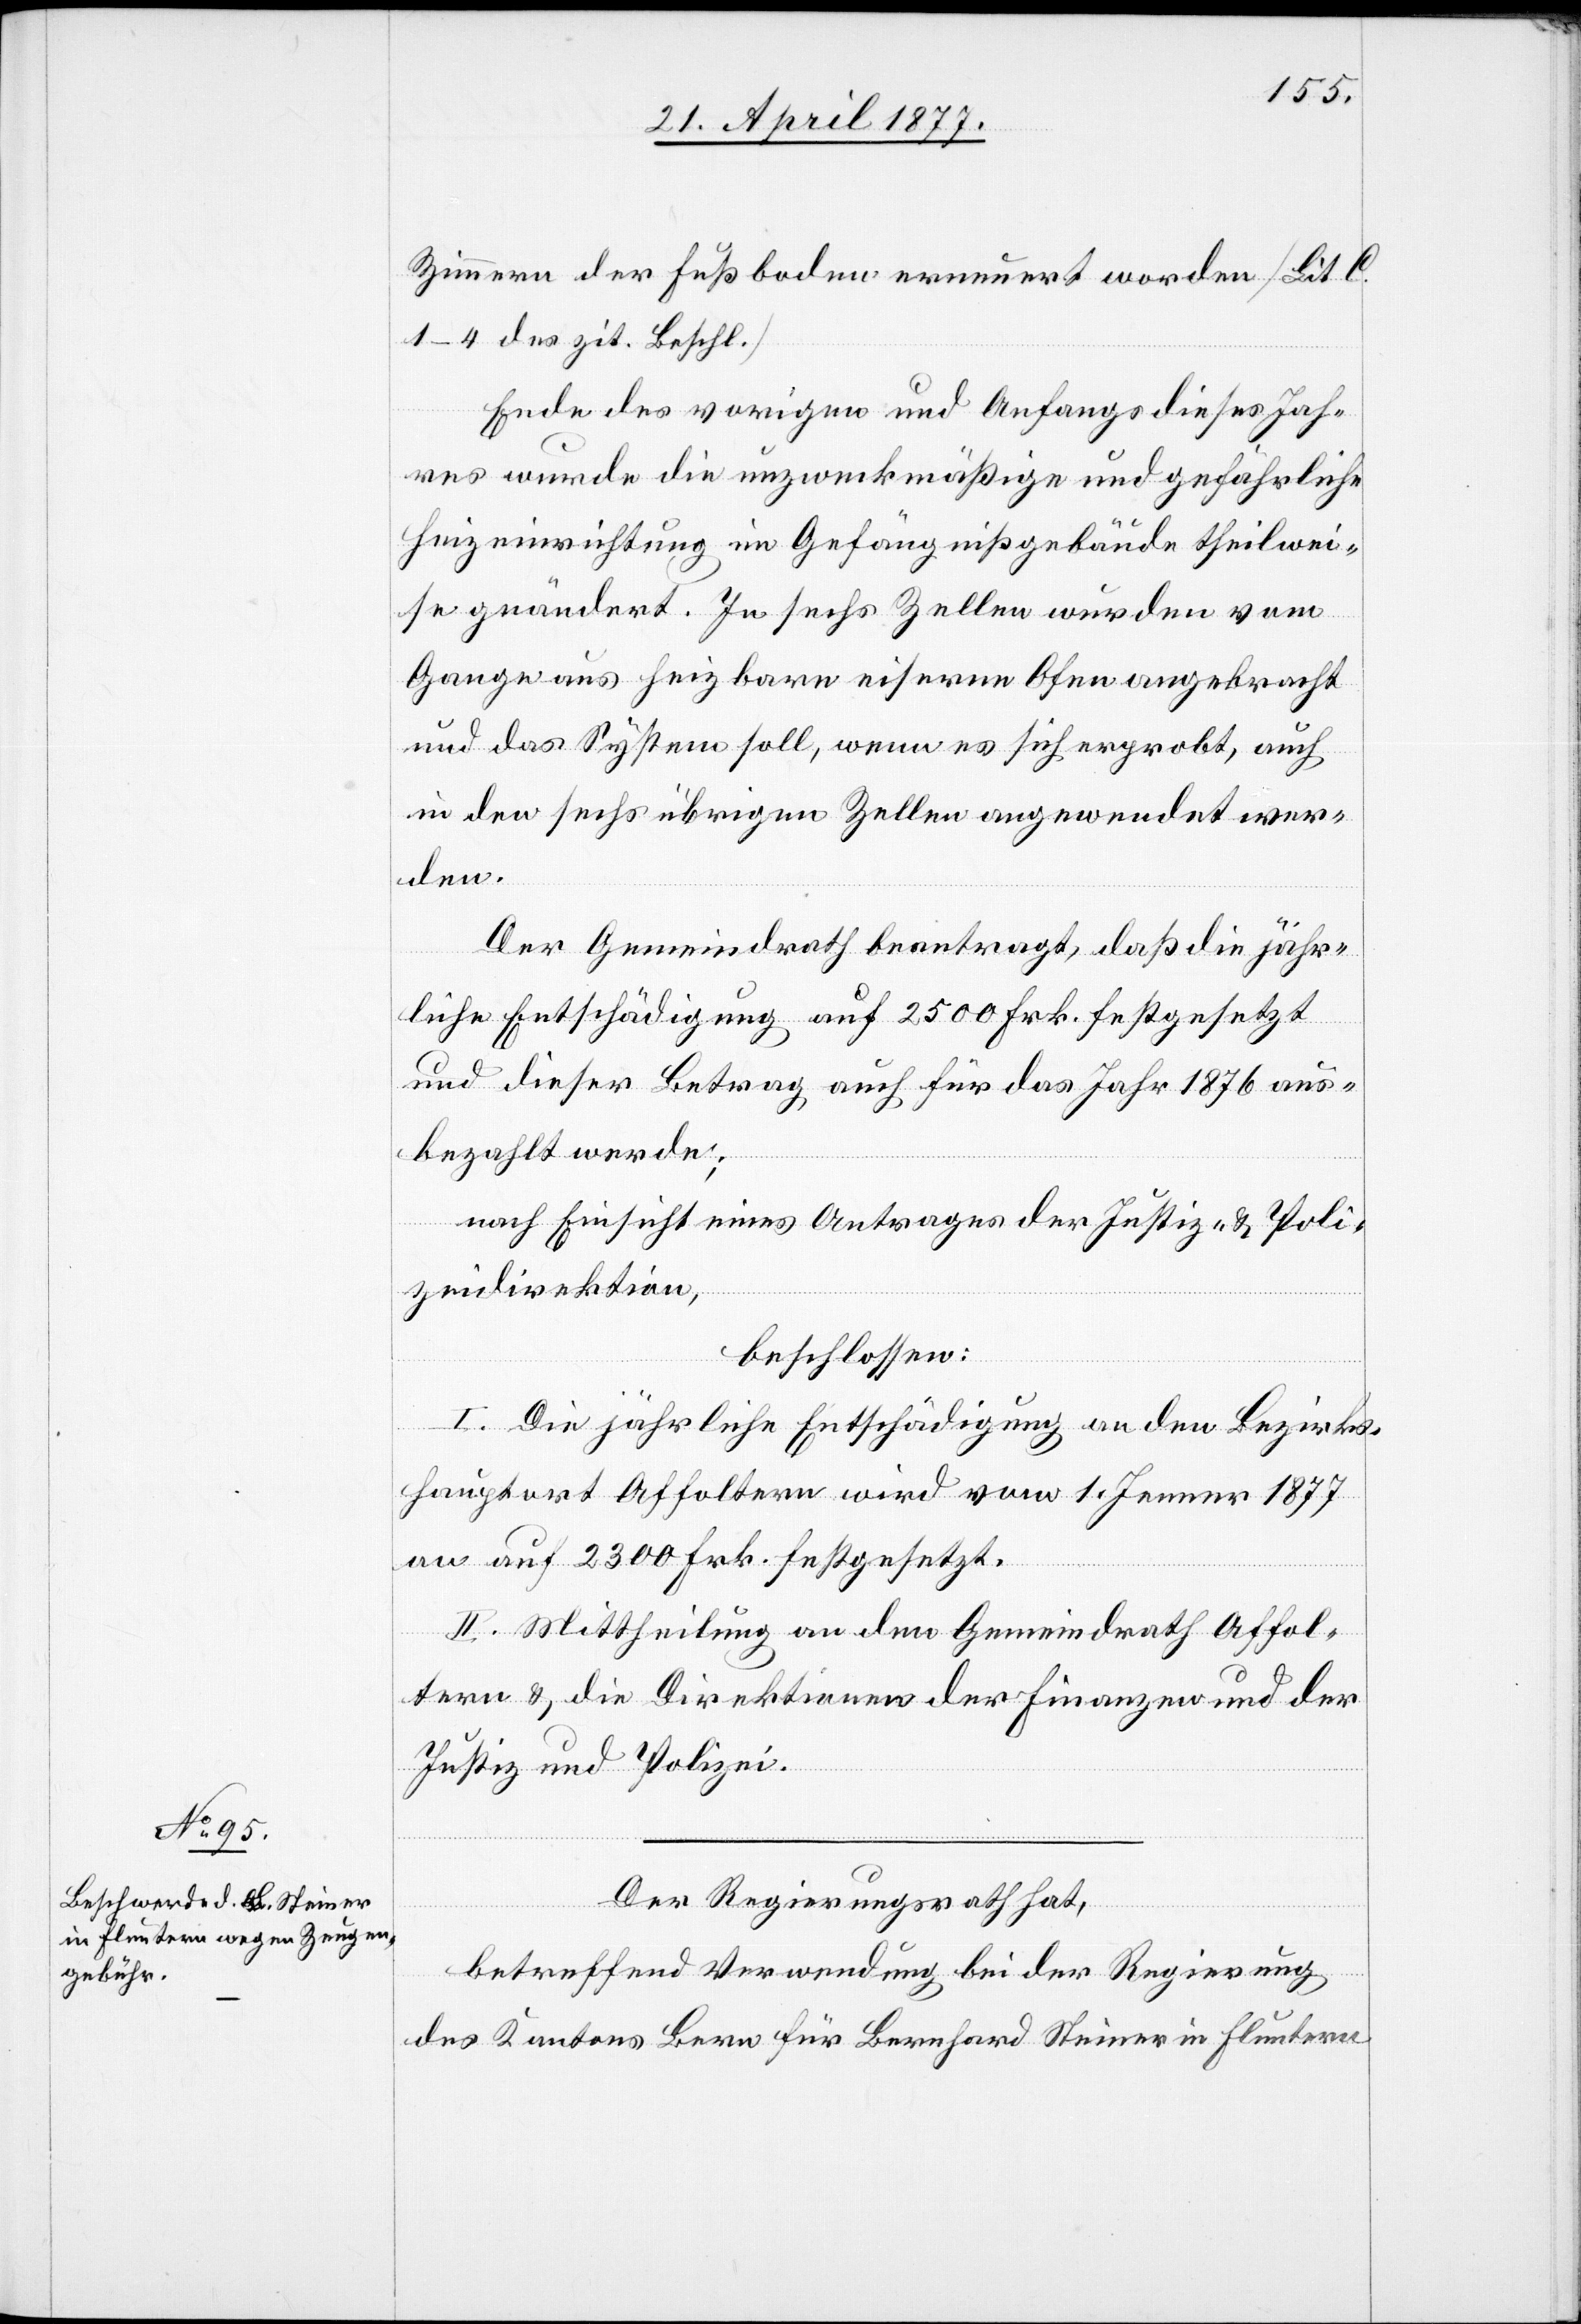
Zimmern der Fußboden erneuert worden [Lit. C.
1–4 des zit. Beschl.]
Ende des vorigen und Anfangs dieses Jah¬
res wurde die unzweckmäßige und gefährliche
Heizeinrichtung im Gefängnißgebäude theilwei¬
se geändert. In sechs Zellen wurden vom
Gange aus heizbare eiserne Ofen angebracht
und das System soll, wenn es sich erprobt, auch
in den sechs übrigen Zellen angewendet wer¬
den.
Der Gemeindrath beantragt, daß die jähr¬
liche Entschädigung auf 2500 Frk. festgesetzt
und dieser Betrag auch für das Jahr 1876 aus¬
bezahlt werde;
nach Einsicht eines Antrages der Justiz- & Poli¬
zeidirektion,
beschlossen:
I. Die jährliche Entschädigung an den Bezirks¬
hauptort Affoltern wird vom 1. Jenner 1877
an auf 2300 Frk. festgesetzt.
II. Mittheilung an den Gemeindrath Affol¬
tern & die Direktionen der Finanzen und der
Justiz und Polizei.
Der Regierungsrath hat,
betreffend Verwendung bei der Regierung
des Kantons Bern für Bernhard Steiner in Fluntern